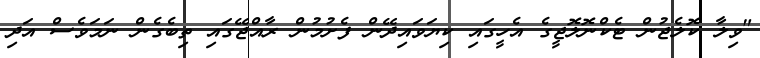
"ވިލާ ކޮލެޖުން ޓެކްނޮލޮޖީގެ އެހީގައި ކިޔަވައިދޭން ފެށުމުން ރާއްޖޭގައި ތިބެގެން ނަމަވެސް އަދި